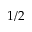
1 / 2